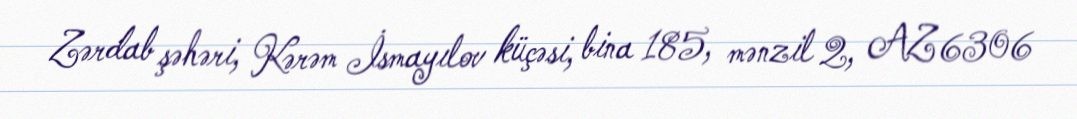
Zərdab şəhəri, Kərəm İsmayılov küçəsi, bina 185, mənzil 2, AZ 6306